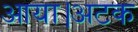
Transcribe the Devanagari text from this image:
आया।अटक